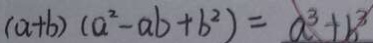
( a + b ) ( a ^ { 2 } - a b + b ^ { 2 } ) = a ^ { 3 } + b ^ { 3 }